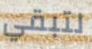
لتبقي